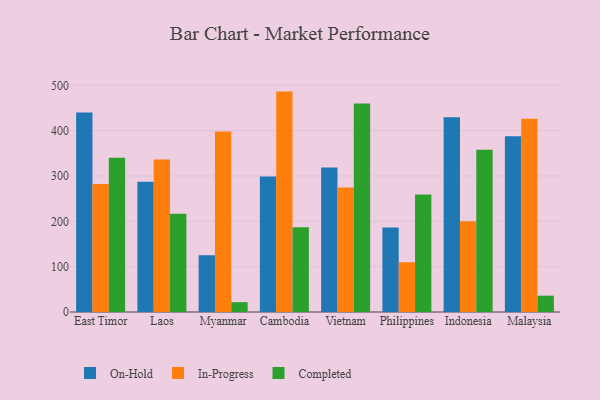
{"axis": {"x": "Country", "y": "Headcount"}, "legend": ["Completed", "In-Progress", "On-Hold"], "data": [{"x": "East Timor", "y": 440.2, "type": "On-Hold"}, {"x": "East Timor", "y": 282.2, "type": "In-Progress"}, {"x": "East Timor", "y": 340.0, "type": "Completed"}, {"x": "Laos", "y": 287.1, "type": "On-Hold"}, {"x": "Laos", "y": 336.1, "type": "In-Progress"}, {"x": "Laos", "y": 216.6, "type": "Completed"}, {"x": "Myanmar", "y": 125.2, "type": "On-Hold"}, {"x": "Myanmar", "y": 398.1, "type": "In-Progress"}, {"x": "Myanmar", "y": 21.7, "type": "Completed"}, {"x": "Cambodia", "y": 299.0, "type": "On-Hold"}, {"x": "Cambodia", "y": 486.1, "type": "In-Progress"}, {"x": "Cambodia", "y": 187.1, "type": "Completed"}, {"x": "Vietnam", "y": 318.8, "type": "On-Hold"}, {"x": "Vietnam", "y": 274.7, "type": "In-Progress"}, {"x": "Vietnam", "y": 459.6, "type": "Completed"}, {"x": "Philippines", "y": 186.2, "type": "On-Hold"}, {"x": "Philippines", "y": 109.7, "type": "In-Progress"}, {"x": "Philippines", "y": 259.1, "type": "Completed"}, {"x": "Indonesia", "y": 429.3, "type": "On-Hold"}, {"x": "Indonesia", "y": 199.9, "type": "In-Progress"}, {"x": "Indonesia", "y": 357.9, "type": "Completed"}, {"x": "Malaysia", "y": 387.5, "type": "On-Hold"}, {"x": "Malaysia", "y": 426.0, "type": "In-Progress"}, {"x": "Malaysia", "y": 36.0, "type": "Completed"}]}